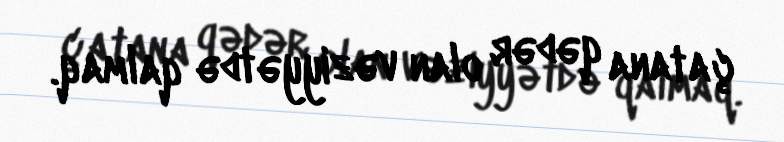
çatana qədər olan vəziyyətdə qalmaq.